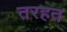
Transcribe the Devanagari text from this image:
तरहत